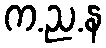
က.ည.န